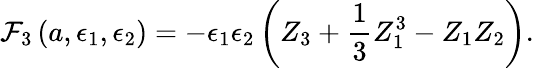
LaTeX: {\cal F}_{3}\left(a,\epsilon_{1},\epsilon_{2}\right)=-\epsilon_{1}\epsilon_{2}\left(Z_{3}+\frac{1}{3}Z_{1}^{3}-Z_{1}Z_{2}\right).